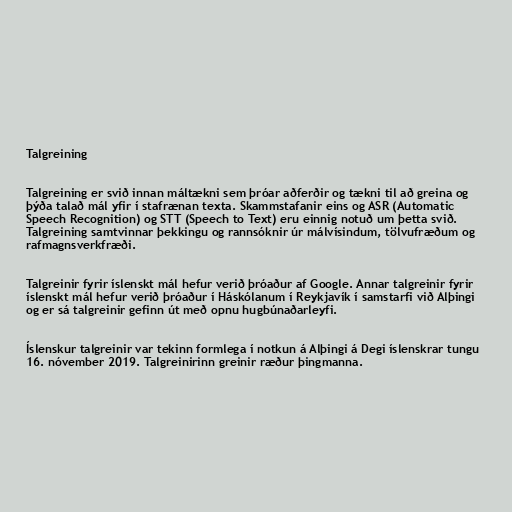
Talgreining

Talgreining er svið innan máltækni sem þróar aðferðir og tækni til að greina og
þýða talað mál yfir í stafrænan texta. Skammstafanir eins og ASR (Automatic
Speech Recognition) og STT (Speech to Text) eru einnig notuð um þetta svið.
Talgreining samtvinnar þekkingu og rannsóknir úr málvísindum, tölvufræðum og
rafmagnsverkfræði.

Talgreinir fyrir íslenskt mál hefur verið þróaður af Google. Annar talgreinir fyrir
íslenskt mál hefur verið þróaður í Háskólanum í Reykjavík í samstarfi við Alþingi
og er sá talgreinir gefinn út með opnu hugbúnaðarleyfi.

Íslenskur talgreinir var tekinn formlega í notkun á Alþingi á Degi íslenskrar tungu
16. nóvember 2019. Talgreinirinn greinir ræður þingmanna.